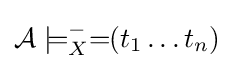
{\mathcal {A}}\models _{X}^{-}=\!\!(t_{1}\ldots t_{n})